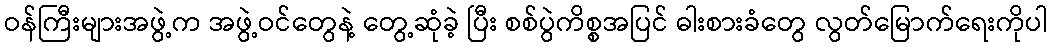
ဝန်ကြီးများအဖွဲ့က အဖွဲ့ဝင်တွေနဲ့ တွေ့ဆုံခဲ့ ပြီး စစ်ပွဲကိစ္စအပြင် ဓါးစားခံတွေ လွတ်မြောက်ရေးကိုပါ